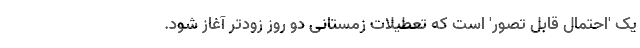
یک 'احتمال قابل تصور' است که تعطیلات زمستانی دو روز زودتر آغاز شود.